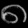
Digit: ၈